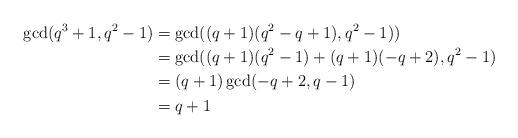
LaTeX: \begin{align*}\gcd(q^3+1,q^2-1)&=\gcd( (q+1)(q^2-q+1), q^2-1) )\\&=\gcd( (q+1)(q^2-1)+(q+1)(-q+2), q^2-1 )\\&=(q+1)\gcd( -q+2, q-1 )\\&=q+1\end{align*}